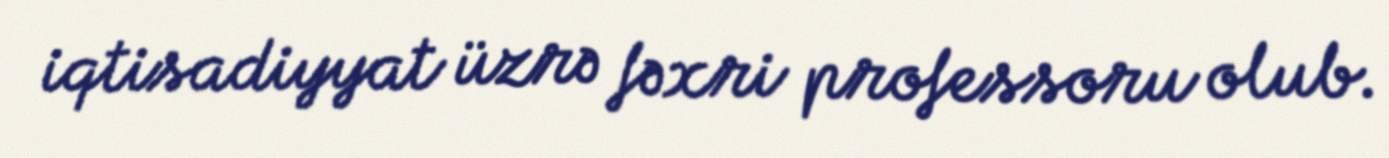
iqtisadiyyat üzrə fəxri professoru olub.